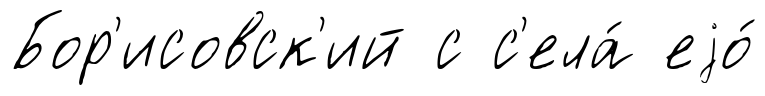
Бор'исовск'ий с с'ела́ еjо́